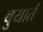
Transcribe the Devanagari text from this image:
बुयार्त